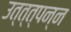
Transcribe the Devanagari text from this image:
उत्त्त्पन्न